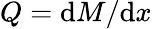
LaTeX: Q=\mathrm{d}M/\mathrm{d}x